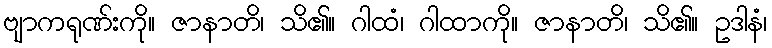
ဗျာကရုဏ်းကို။ ဇာနာတိ၊ သိ၏။ ဂါထံ၊ ဂါထာကို။ ဇာနာတိ၊ သိ၏။ ဥဒါနံ၊